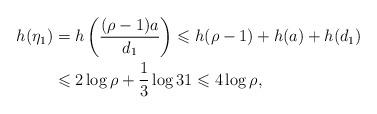
LaTeX: \begin{align*}h(\eta_1)&=h\left( \dfrac{(\rho-1)a}{d_1} \right)\leqslant h(\rho-1)+h(a)+h(d_1)\\&\leqslant 2\log \rho+\dfrac{1}{3}\log 31\leqslant 4\log \rho,\end{align*}